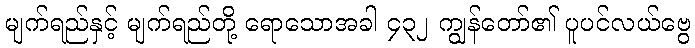
မျက်ရည်နှင့် မျက်ရည်တို့ ရောသောအခါ ၄၃၂ ကျွန်တော်၏ ပူပင်လယ်ဗွေ